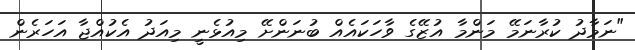
"ނަމާދު ކުރާނަމޭ މަންމާ އުޒޭގެ ވާހަކައެއް ބުނަންށޭ މިއުޅެނީ މިއަދު އެކުއްޖާ އަހަރެން